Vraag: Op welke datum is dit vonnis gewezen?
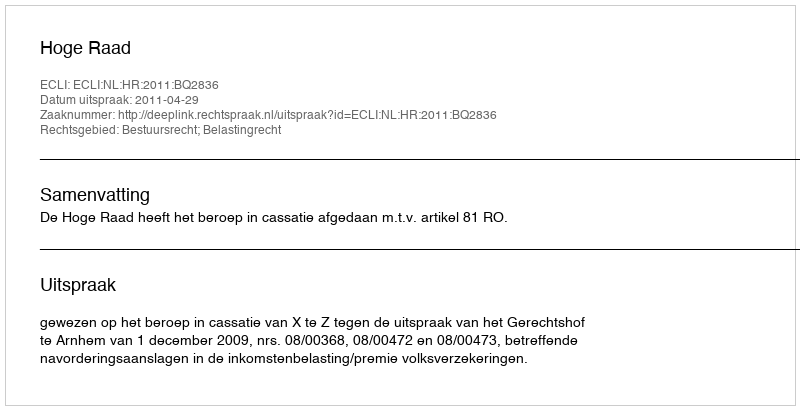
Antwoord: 2011-04-29